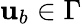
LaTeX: {\mathbf{u}}_{b}\in\Gamma